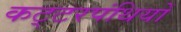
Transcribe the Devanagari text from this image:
कट्‍टरपंथियों